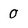
Character: 0